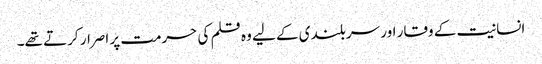
انسانیت کے وقار اور سربلندی کے لیے وہ قلم کی حرمت پر اصرار کرتے تھے۔